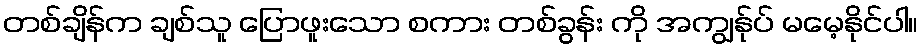
တစ်ချိန်က ချစ်သူ ပြောဖူးသော စကား တစ်ခွန်း ကို အကျွန်ုပ် မမေ့နိုင်ပါ။